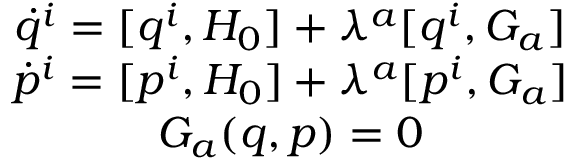
\begin{array} { c } { \dot { q } ^ { i } = [ q ^ { i } , H _ { 0 } ] + \lambda ^ { a } [ q ^ { i } , G _ { a } ] } \\ { \dot { p } ^ { i } = [ p ^ { i } , H _ { 0 } ] + \lambda ^ { a } [ p ^ { i } , G _ { a } ] } \\ { G _ { a } ( q , p ) = 0 } \end{array}